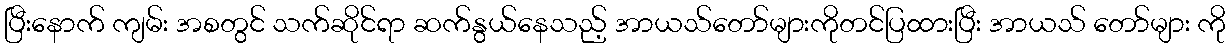
ပြီးနောက် ကျမ်း အစတွင် သက်ဆိုင်ရာ ဆက်နွယ်နေသည့် အာယသ်တော်များကိုတင်ပြထားပြီး အာယသ် တော်များ ကို